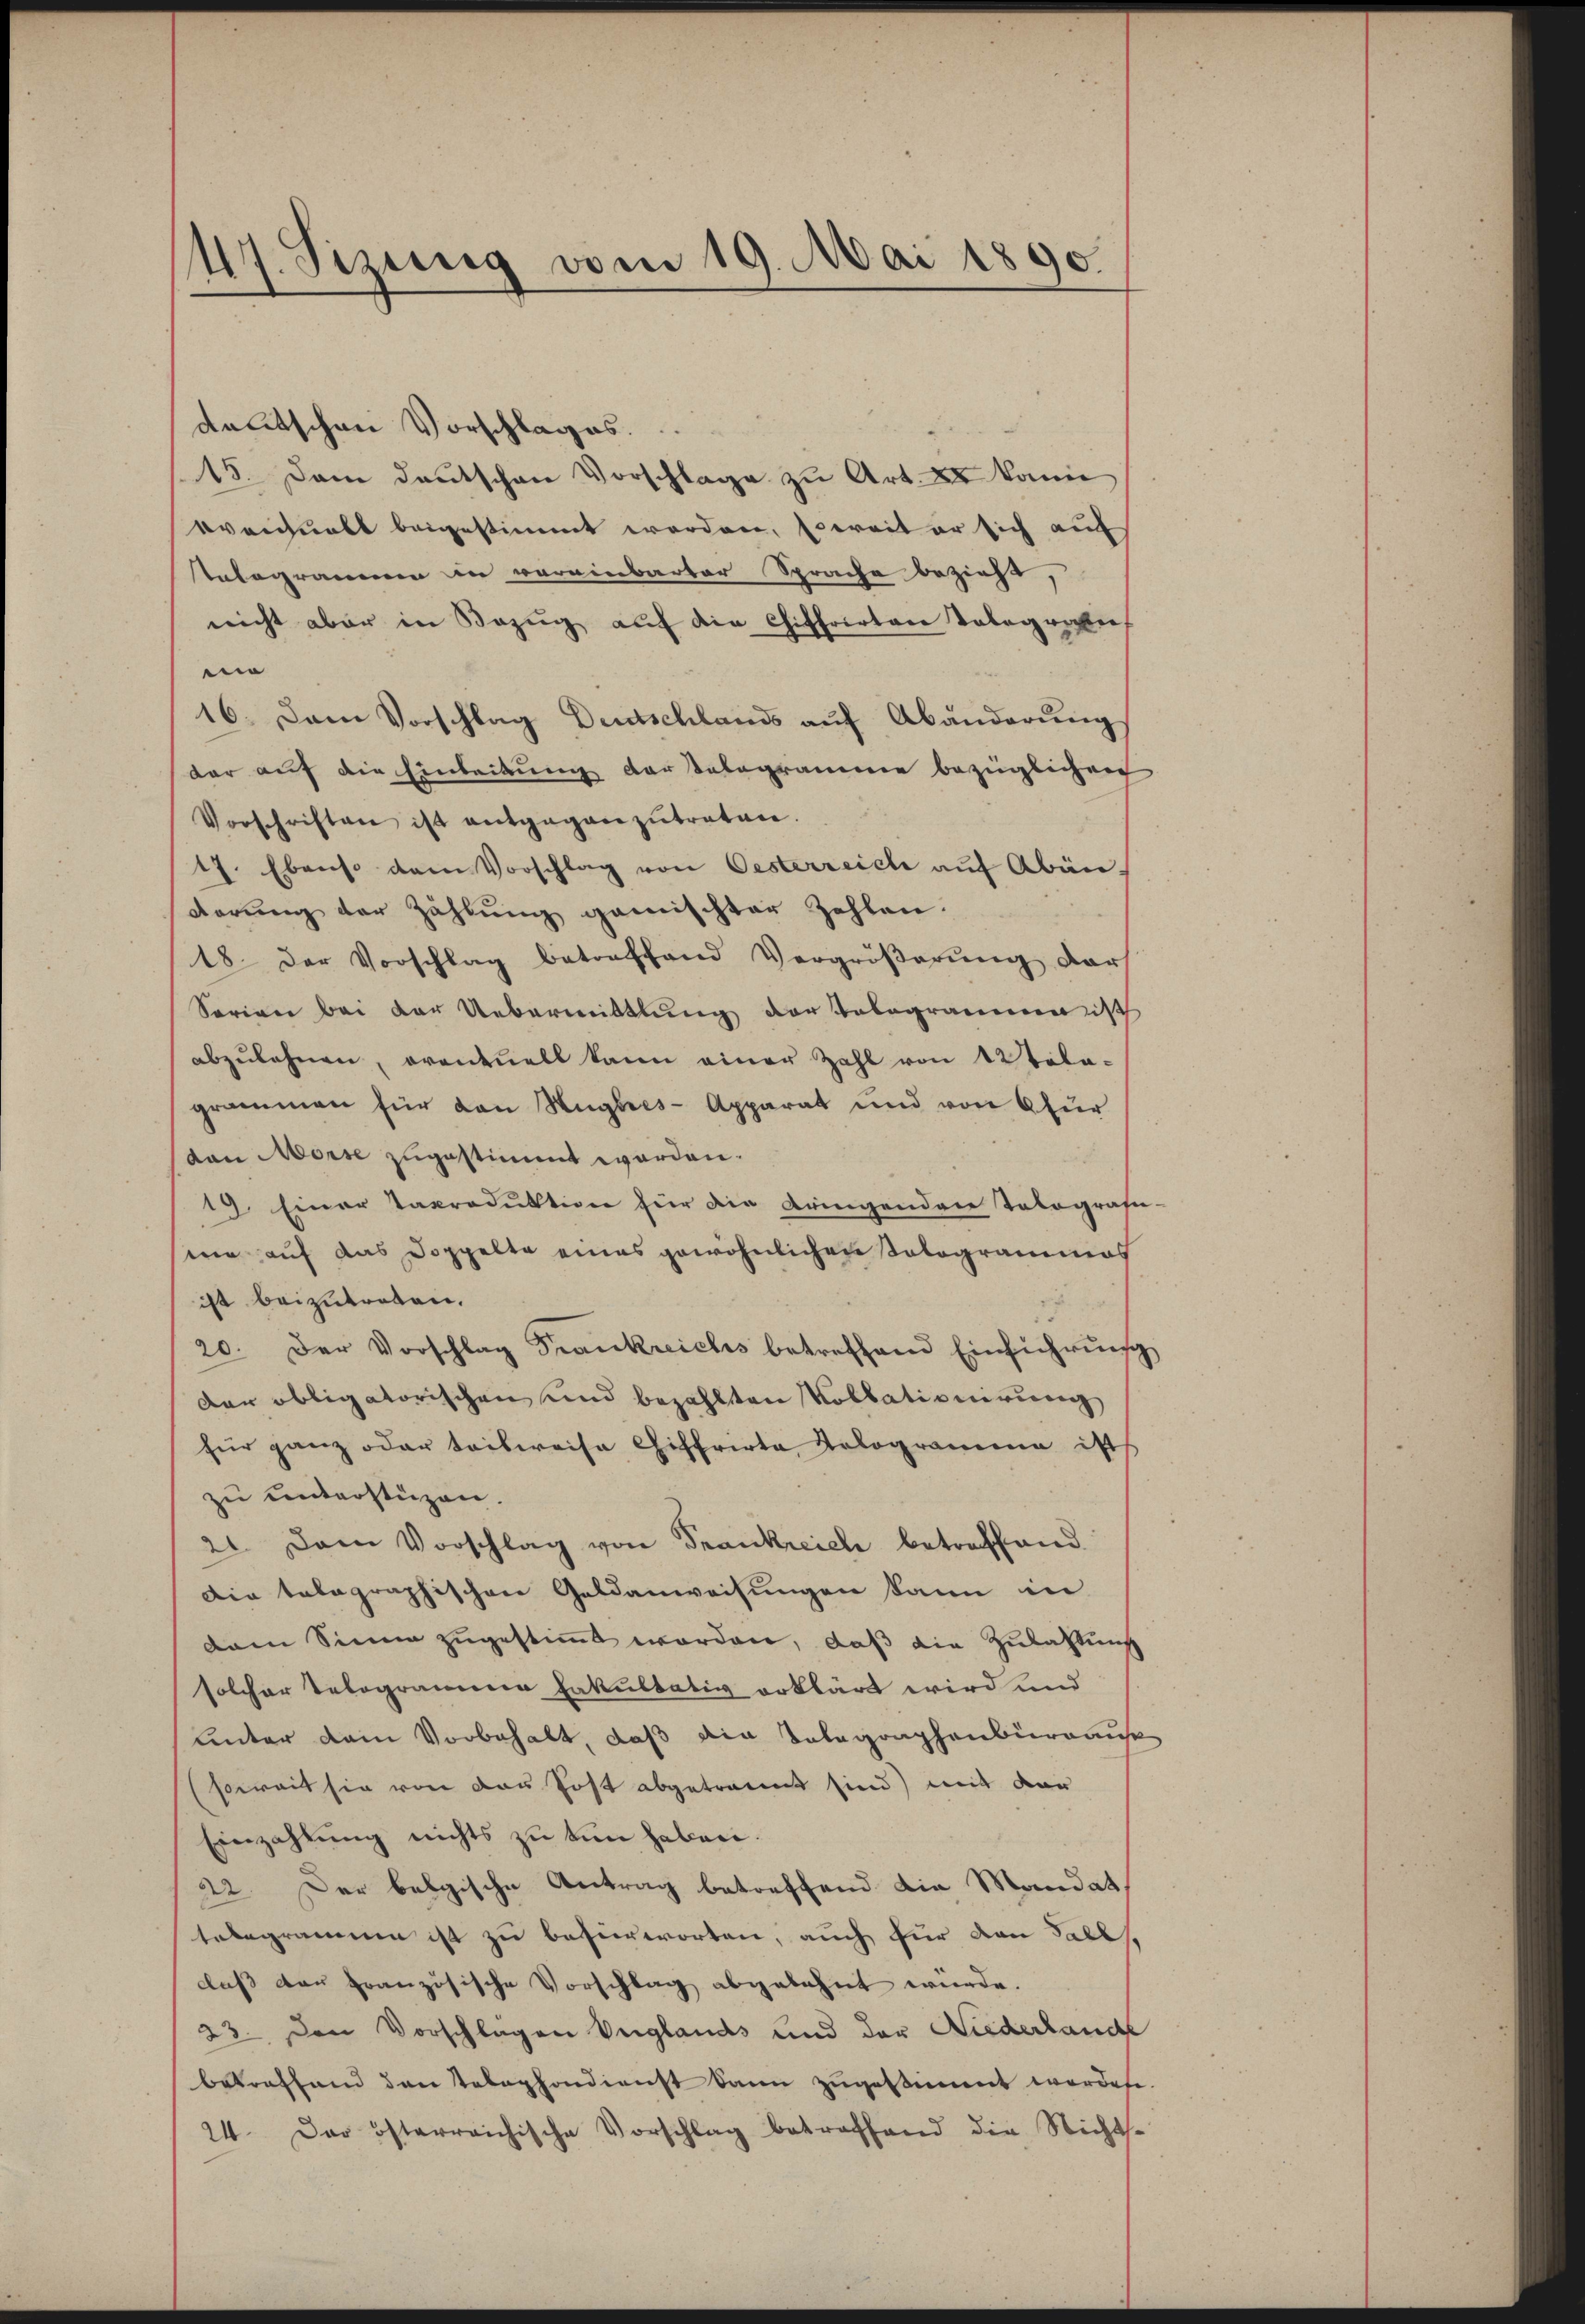
17. Sizung vom 19. Mai 1890.

dalitschen Vorschlages.
15. Dem deutschen Vorschlage zu Art. 2 kann
bventuell beigestimmt werden, soweit er sich auf
telegrammen in vereinbarter Sprache bezieht,
nicht aber in Bezug auf die Chiffrirten Telegratio
m
16. Dem Vorschlag Deutschlands auf Abänderung
dar auf die Einleitung der Telegramme bezüglichen
Vorschriften ist entgegenzŭtreten.
17. Ebenso dem Vorschlag von Oesterreich auf Abänderung der Zahlung gemischter Zahlen.
18. Der Vorschlag betreffend Vergröβerŭng der
Sorien bei der Uebermittlung der Telegramerisch
abzulehnen, eventuell kann einer Zahl von 12 Tele-
grammen für den Hüglres-Apparat und von 6 für
dan Morse zugestimmt worden.
19. Einer Taproduktion für die dringenden Tologram-
ine auf das Doppelte eines gewöhnlichen Tologrammas
ist beizutreten.
20. Der Vorschlag Frankreichs betreffend Einführung
Der obligatorischen und bezahlten Vollationirung
für ganz oder teilweise Chiffrirte Kologramma ist
zu unterstüzen.
21. Dann Vorschlag von Frankreiche betreffend
Die telegraphischen Geldanweisungen kann in
dem Sinne zugestimmt worden, daß die Zulassung
solcher Telegramen Fakultätig erklärt wird und
unter dem Vorbehalt, daß die Telegraphenbüreaus
(soweit sie von der Post abgetraunt sind) mit der
Einzahlung nichts zu tun haben.
22. Der belgische Antrag betreffend die Mandat,
telegramme ist zu befürworten, auch für den Falls,
daß dan französische Vorschlag abgelehnt würde.
23. Den Vorschlagen Verglands und der Niederlande
betreffend den Telephondienst kann zugestimmt worden.
24. Das österreichische Vorschlag betreffend die Nichts-